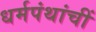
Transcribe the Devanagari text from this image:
धर्मपंथांचीं